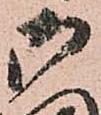
御